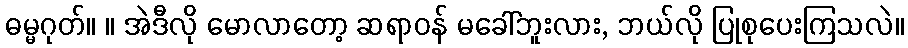
ဓမ္မဂုတ်။ ။ အဲဒီလို မောလာတော့ ဆရာဝန် မခေါ်ဘူးလား, ဘယ်လို ပြုစုပေးကြသလဲ။